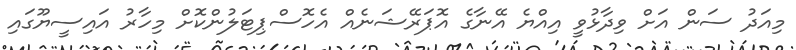
މިއަދު ސަން އަށް ވިދާޅުވީ އިއްޔެ އޭނާގެ އޮޕަރޭޝަނެއް އެހޮސްޕިޓަލުންކޮށް މިހާރު އައިސީޔޫގައި